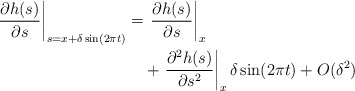
\begin{align*}\begin{aligned}\left .\dfrac{\partial h(s)}{\partial s}\right |_{s=x+\delta \sin (2\pi t)} =&\, \left.\dfrac{\partial h(s)}{\partial s}\right|_x \\&+\left.\dfrac{\partial^2 h(s)}{\partial s^2}\right|_{x} \delta \sin (2\pi t)+ O(\delta^2)\\\end{aligned}\end{align*}